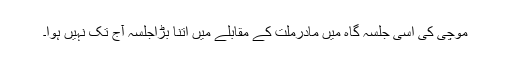
موچی کی اسی جلسہ گاہ میں مادرملتؒ کے مقابلے میں اتنا بڑاجلسہ آج تک نہیں ہوا۔